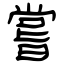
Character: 嘗